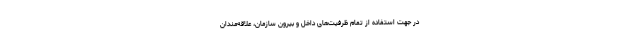
در جهت استفاده از تمام ظرفیت‌های داخل و بیرون سازمان، علاقه‌مندان